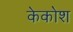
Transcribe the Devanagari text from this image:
केकोश